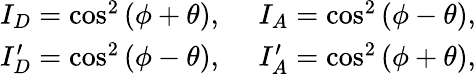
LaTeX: \begin{array}{rl}{I_{D}=\cos^{2}\left(\phi+\theta\right),~}&{{}I_{A}=\cos^{2}\left(\phi-\theta\right),}\\ {I_{D}^{\prime}=\cos^{2}\left(\phi-\theta\right),~}&{{}I_{A}^{\prime}=\cos^{2}\left(\phi+\theta\right),}\end{array}